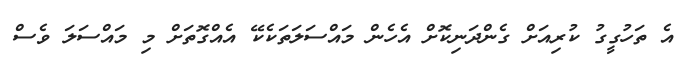
އެ ތަހުގީގު ކުރިއަށް ގެންދަނިކޮށް އެހެން މައްސަލަތަކެކޭ އެއްގޮތަށް މި މައްސަލަ ވެސް